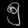
Digit: ၅